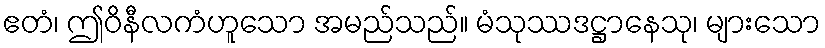
ဧတံ၊ ဤဝိနီလကံဟူသော အမည်သည်။ မံသုဿဒဋ္ဌာနေသု၊ များသော